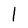
Character: l